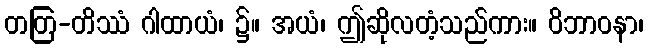
တတြ-တိဿံ ဂါထာယံ၊ ၌။ အယံ၊ ဤဆိုလတံ့သည်ကား။ ဝိဘာဝနာ၊